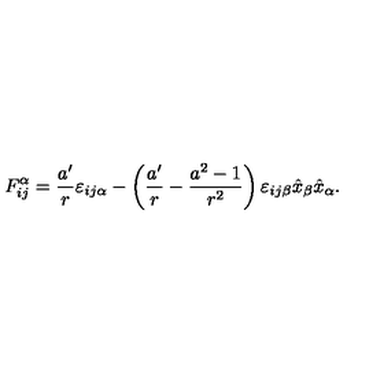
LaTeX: F _ { i j } ^ { \alpha } = \frac { a ^ { \prime } } { r } \varepsilon _ { i j \alpha } - \left( \frac { a ^ { \prime } } { r } - \frac { a ^ { 2 } - 1 } { r ^ { 2 } } \right) \varepsilon _ { i j \beta } \hat { x } _ { \beta } \hat { x } _ { \alpha } .